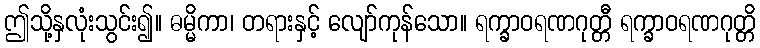
ဤသို့နှလုံးသွင်း၍။ ဓမ္မိကာ၊ တရားနှင့် လျော်ကုန်သော။ ရက္ခာဝရဏဂုတ္တီ ရက္ခာဝရဏဂုတ္တိ